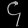
Digit: ၄